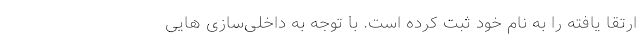
ارتقا یافته را به نام خود ثبت کرده است. با توجه به داخلی‌سازی هایی